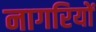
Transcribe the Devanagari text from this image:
नागरियों